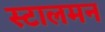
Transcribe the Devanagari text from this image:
स्टालमन